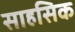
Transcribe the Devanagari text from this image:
साहसिक